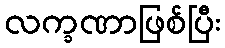
လက္ခဏာဖြစ်ပြီး